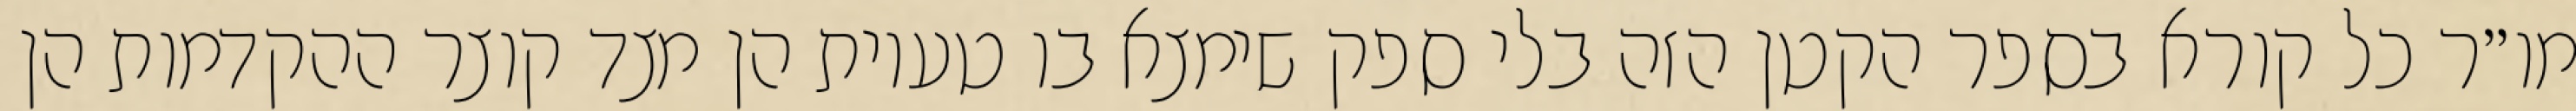
מו״ר כל קורא בספר הקטן הזה בלי ספק שימצא בו טעיות הן מצד קוצר ההקדמות הן